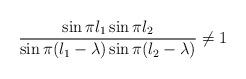
LaTeX: \begin{align*}\frac{\sin\pi l_1 \sin\pi l_2}{\sin\pi(l_1-\lambda) \sin \pi(l_2-\lambda)}\not= 1\end{align*}